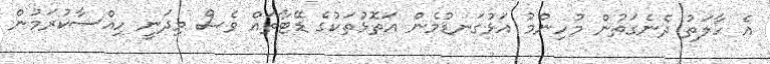
އެ ހާލަތު ދެނެގަތުން މުހިންމު އަޅުގަނޑުމެން އަތޮޅުތަކުގެ ޑޭޓާތައް ވެސް މިދަނީ ހިއްސާކުރަމުން